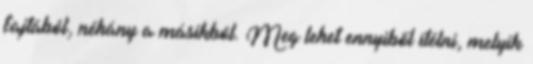
fajtából, néhány a másikból. Meg lehet ennyiből ítélni, melyik